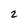
Character: 2